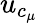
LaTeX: u_{c_{\mu}}